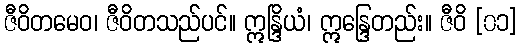
ဇီဝိတမေဝ၊ ဇီဝိတသည်ပင်။ ဣန္ဒြိယံ၊ ဣန္ဒြေတည်း။ ဇီဝိ [၀၁]